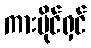
ကားပိုင်ရှင်